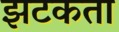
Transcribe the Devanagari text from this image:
झटकता